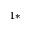
^ { 1 * }